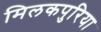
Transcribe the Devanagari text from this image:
मिलकपुरिया